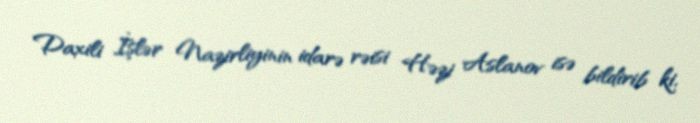
Daxili İşlər Nazirliyinin idarə rəisi Həzi Aslanov isə bildirib ki,